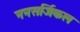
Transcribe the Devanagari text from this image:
ननसर्जिकल